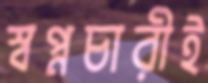
স্বপ্নচারীই